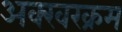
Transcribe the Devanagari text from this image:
अक्खरक्रम